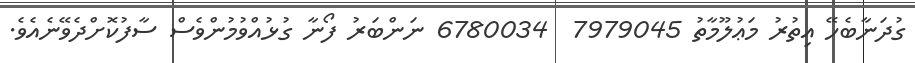
ގުދަނާބެހޭ އިތުރު މަޢުލޫމާތު 7979045  6780034 ނަންބަރު ފޯނާ ގުޅުއްވުމުންވެސް ސާފުކޮށްދެވޭނެއެވެ.